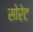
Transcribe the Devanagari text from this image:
सोरेट